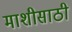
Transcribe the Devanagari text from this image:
माशीसाठी